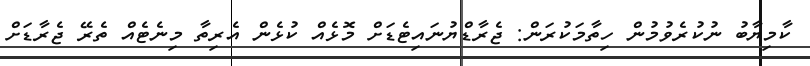
ކާމިޔާބު ނުކުރެވުުމުން ހިތާމަކުރަން: ޖެރާޑްޔުނައިޓެޑަށް މޮޅެއް ކުޅެން އެރިތާ މިނެޓެއް ތެރޭ ޖެރާޑަށް